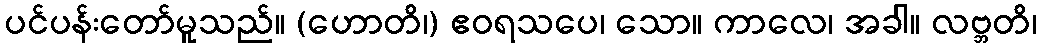
ပင်ပန်းတော်မူသည်။ (ဟောတိ၊) ဧဝရသပေ၊ သော။ ကာလေ၊ အခါ။ လဗ္ဘတိ၊